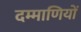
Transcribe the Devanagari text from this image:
दम्माणियों